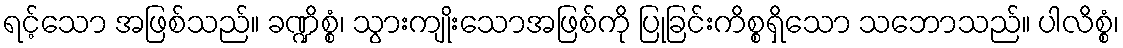
ရင့်သော အဖြစ်သည်။ ခဏ္ဍိစ္စံ၊ သွားကျိုးသောအဖြစ်ကို ပြုခြင်းကိစ္စရှိသော သဘောသည်။ ပါလိစ္စံ၊